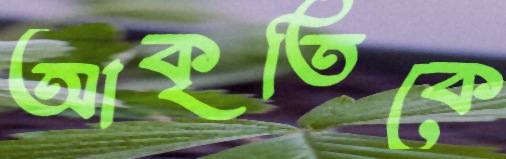
আকৃতিকে